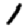
Digit: 1